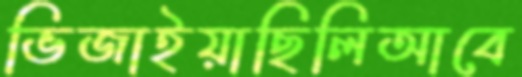
ভিজাইয়াছিলিআবে